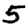
Digit: 5